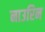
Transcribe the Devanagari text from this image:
नाउरिन